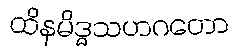
ထိနမိဒ္ဓသဟဂတော